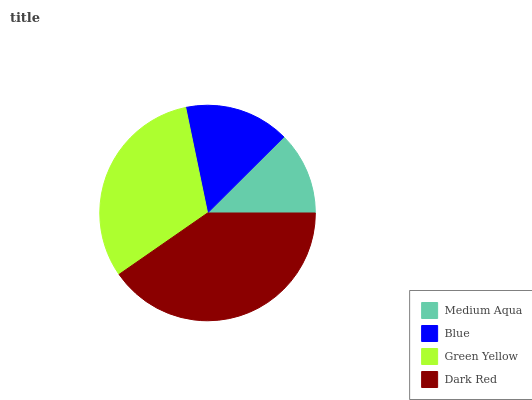
| Medium Aqua | Blue | Green Yellow | Dark Red |
 | --- | --- | --- | --- |
 | 12.5% | 15.8% | 31.4% | 40.3% |